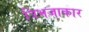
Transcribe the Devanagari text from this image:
त्रिभजाकार